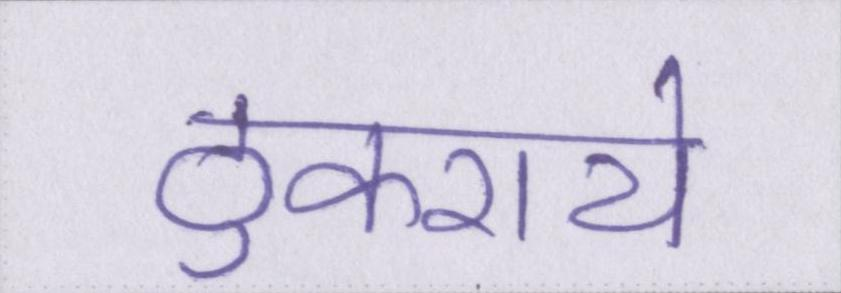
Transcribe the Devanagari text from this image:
ठुकराये